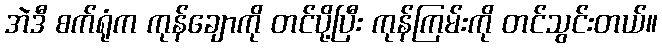
အဲဒီ စက်ရုံက ကုန်ချောကို တင်ပို့ပြီး ကုန်ကြမ်းကို တင်သွင်းတယ်။